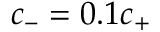
{ c _ { - } = 0 . 1 c _ { + } }